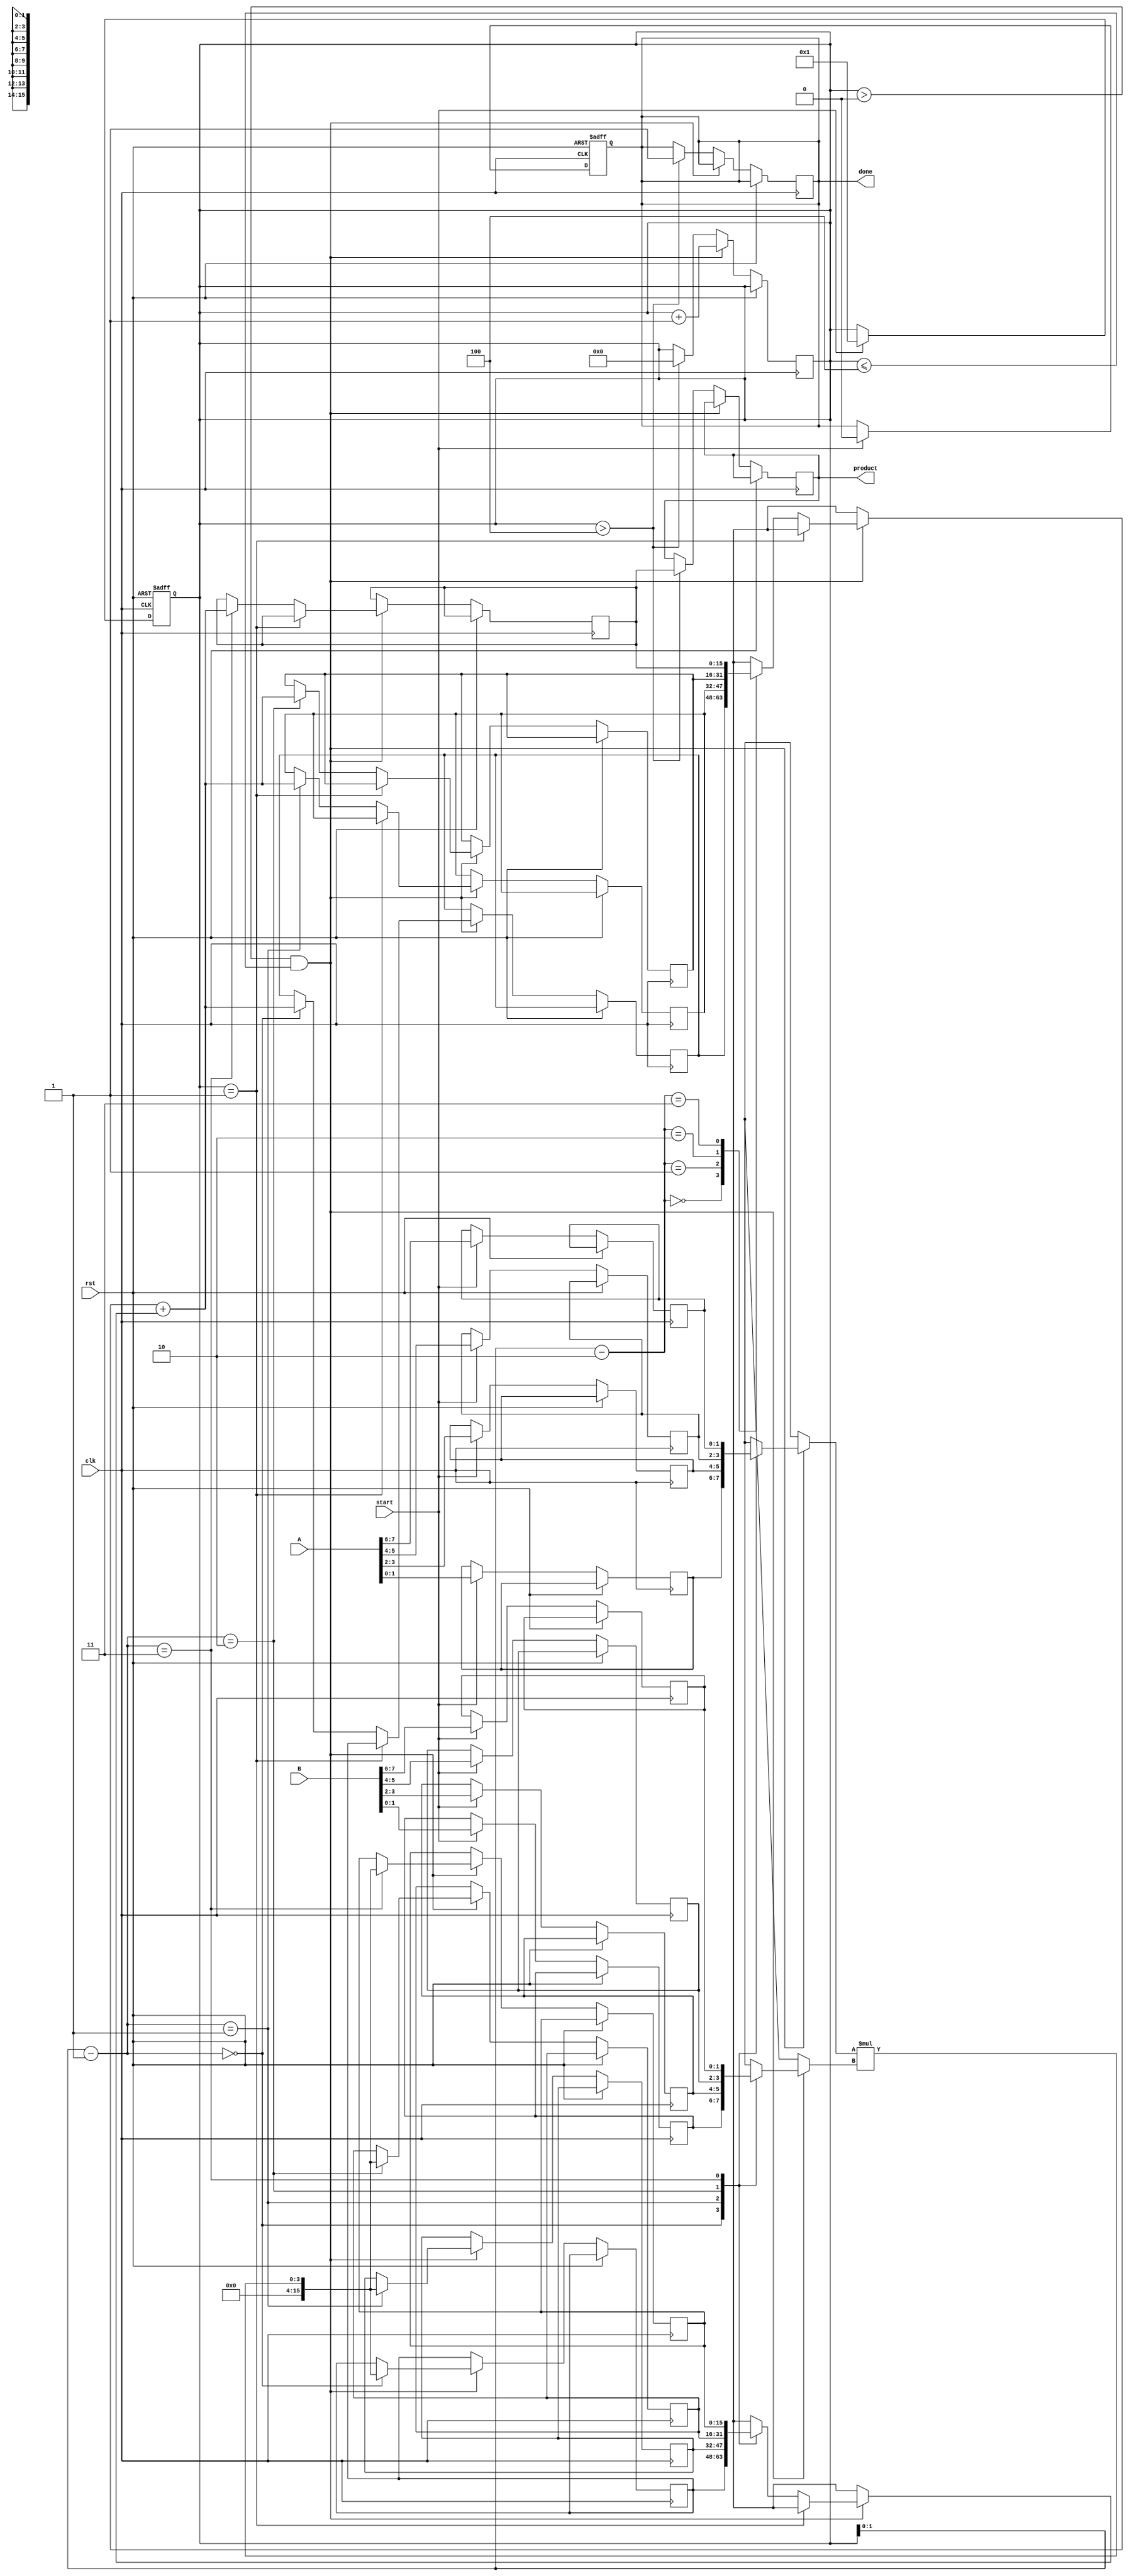
module pipelined_sliced_multiplier (
    input clk,
    input rst,
    input [7:0] A, // 8-bit operand A
    input [7:0] B, // 8-bit operand B
    input start,
    output reg [15:0] product, // 16-bit product
    output reg done // Signal to indicate multiplication is complete
);

// Parameters for slicing
parameter SLICE_WIDTH = 2; // Width of each slice
parameter NUM_SLICES = 4; // Number of slices

// Internal signals
reg [SLICE_WIDTH-1:0] A_slice [0:NUM_SLICES-1];
reg [SLICE_WIDTH-1:0] B_slice [0:NUM_SLICES-1];
reg [15:0] partial_products [0:NUM_SLICES-1];
reg [15:0] accum [0:NUM_SLICES-1];
reg [3:0] stage; // Pipelining stage counter
reg valid; // Valid signal for output
reg [15:0] final_sum;

// Input stage
always @(posedge clk or posedge rst) begin
    if (rst) begin
        stage <= 0;
        done <= 0;
        valid <= 0;
    end else if (start) begin
        // Slice the inputs
        A_slice[0] <= A[1:0];
        A_slice[1] <= A[3:2];
        A_slice[2] <= A[5:4];
        A_slice[3] <= A[7:6];
        
        B_slice[0] <= B[1:0];
        B_slice[1] <= B[3:2];
        B_slice[2] <= B[5:4];
        B_slice[3] <= B[7:6];

        stage <= 1; // Move to the first stage
        done <= 0;
    end
end

// Multiplier core and accumulation
always @(posedge clk or posedge rst) begin
    if (rst) begin
        final_sum <= 0;
    end else if (stage > 0 && stage <= NUM_SLICES) begin
        // Compute partial products
        partial_products[stage-1] <= A_slice[stage-1] * B_slice[stage-1];
        
        // Accumulate the results
        if (stage == 1) begin
            accum[0] <= partial_products[0];
        end else begin
            accum[stage-1] <= accum[stage-2] + partial_products[stage-1];
        end
        
        // Move to the next stage
        stage <= stage + 1;
    end else if (stage > NUM_SLICES) begin
        // Final output stage
        product <= accum[NUM_SLICES-1];
        done <= 1;
        valid <= 1;
        stage <= 0; // Reset stage for next operation
    end
end

endmodule